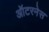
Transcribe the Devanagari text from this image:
ऑटरनेस